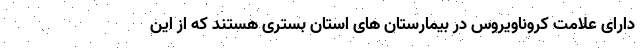
دارای علامت کروناویروس در بیمارستان های استان بستری هستند که از این